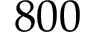
8 0 0